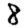
Digit: 8